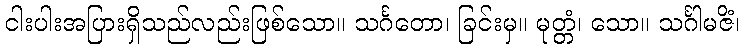
ငါးပါးအပြားရှိသည်လည်းဖြစ်သော။ သင်္ဂတော၊ ခြင်းမှ။ မုတ္တံ၊ သော။ သင်္ဂါမဇိံ၊